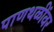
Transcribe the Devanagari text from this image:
पाणथळींवर